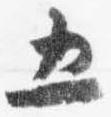
五